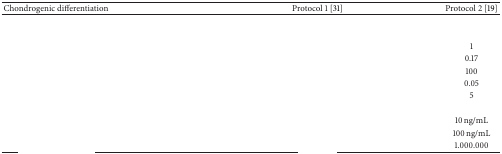
<table><thead><tr><td><b>Chondrogenic differentiation</b></td><td><b>Protocol 1 [31]</b></td><td><b>Protocol 2 [19]</b></td></tr></thead><tbody><tr><td>[EMPTY_CELL]</td><td>[EMPTY_CELL]</td><td>[EMPTY_CELL]</td></tr><tr><td>[EMPTY_CELL]</td><td>[EMPTY_CELL]</td><td>[EMPTY_CELL]</td></tr><tr><td>[EMPTY_CELL]</td><td>[EMPTY_CELL]</td><td>1</td></tr><tr><td>[EMPTY_CELL]</td><td>[EMPTY_CELL]</td><td>0.17</td></tr><tr><td>[EMPTY_CELL]</td><td>[EMPTY_CELL]</td><td>100</td></tr><tr><td>[EMPTY_CELL]</td><td>[EMPTY_CELL]</td><td>0.05</td></tr><tr><td>[EMPTY_CELL]</td><td>[EMPTY_CELL]</td><td>5</td></tr><tr><td>[EMPTY_CELL]</td><td>[EMPTY_CELL]</td><td>[EMPTY_CELL]</td></tr><tr><td>[EMPTY_CELL]</td><td>[EMPTY_CELL]</td><td>10 ng/mL</td></tr><tr><td>[EMPTY_CELL]</td><td>[EMPTY_CELL]</td><td>100 ng/mL</td></tr><tr><td>[EMPTY_CELL]</td><td>[EMPTY_CELL]</td><td>1.000.000</td></tr></tbody></table>